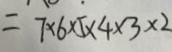
= 7 \times 6 \times 5 \times 4 \times 3 \times 2